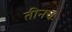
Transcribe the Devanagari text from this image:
तीनचः